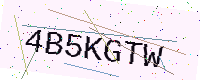
Text: 4B5KGTW